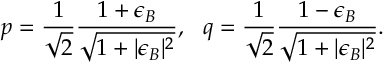
p = { \frac { 1 } { \sqrt { 2 } } } { \frac { 1 + \epsilon _ { B } } { \sqrt { 1 + | \epsilon _ { B } | ^ { 2 } } } } , ~ ~ q = { \frac { 1 } { \sqrt { 2 } } } { \frac { 1 - \epsilon _ { B } } { \sqrt { 1 + | \epsilon _ { B } | ^ { 2 } } } } .